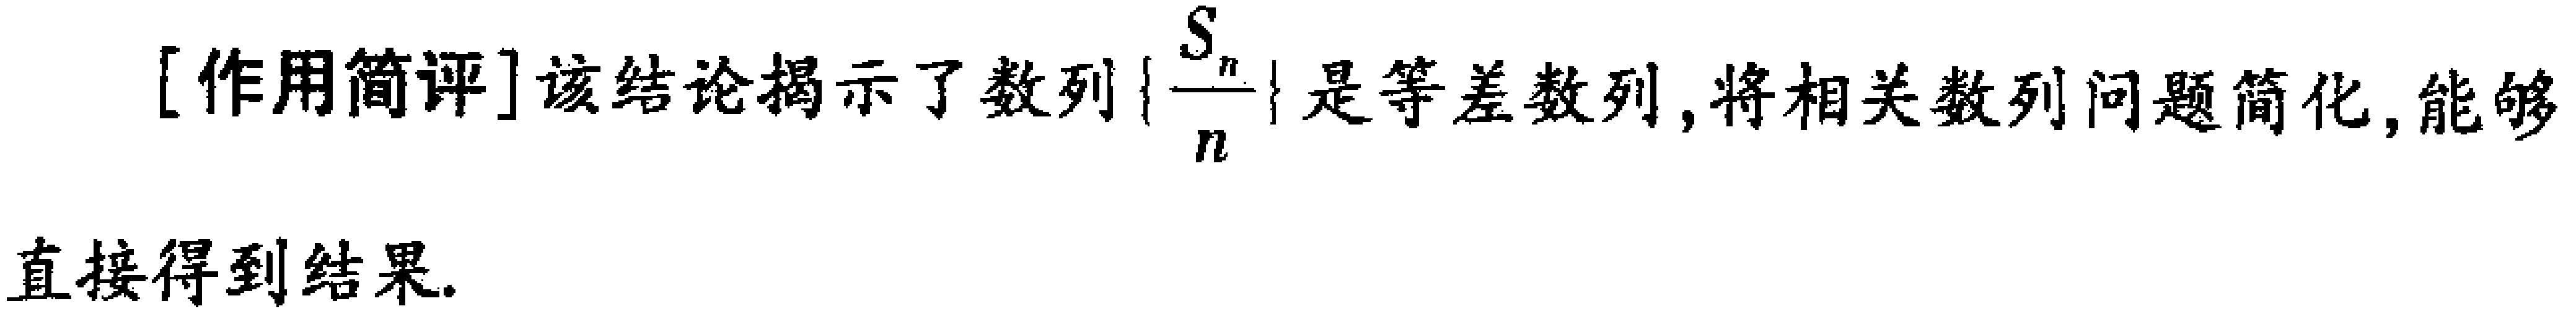
[作用简评]该结论揭示了数列\(\left\{\frac{S_{n}}{n}\right\}\)是等差数列,将相关数列问题简化,能够直接得到结果.